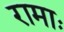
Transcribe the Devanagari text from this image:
रामाः